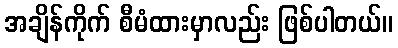
အချိန်ကိုက် စီမံထားမှာလည်း ဖြစ်ပါတယ်။